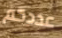
عددكم